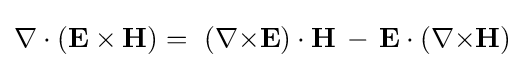
\nabla \cdot (\mathbf {E} \times \mathbf {H} )=\ (\nabla {\times }\mathbf {E} )\cdot \mathbf {H} \,-\,\mathbf {E} \cdot (\nabla {\times }\mathbf {H} )